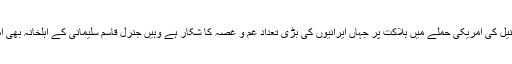
تفصیلات کے مطابق ایران میں طاقتور جرنیل کی امریکی حملے میں ہلاکت پر جہاں ایرانیوں کی بڑی تعداد غم و غصہ کا شکار ہے وہیں جنرل قاسم سلیمانی کے اہلخانہ بھی امریکا کوسخت جواب دینے کے متمنی ہیں۔